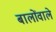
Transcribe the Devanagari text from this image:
बालोंवाले